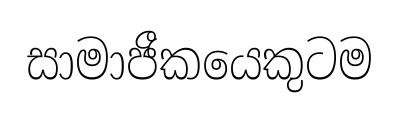
සාමාජීකයෙකුටම